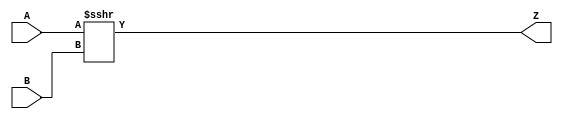
`timescale 1ns / 1ps
//////////////////////////////////////////////////////////////////////////////////
// Company: 
// Engineer: 
// 
// Design Name: 
// Module Name:    SRA 
// Project Name: 
// Target Devices: 
// Tool versions: 
// Description: 
//
// Dependencies: 
//
// Revision: 
// Revision 0.01 - File Created
// Additional Comments: 
//
//////////////////////////////////////////////////////////////////////////////////
module SRA(
    input signed [7:0] A,
    input signed [7:0] B,
    output [7:0] Z
    );
	assign Z=A>>>B;

endmodule